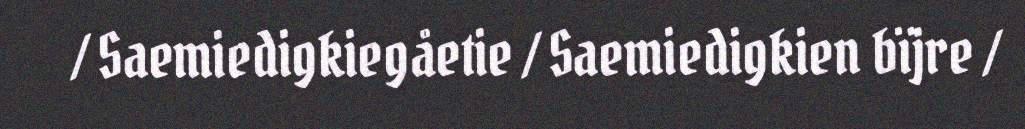
/ Saemiedigkiegåetie / Saemiedigkien bïjre /